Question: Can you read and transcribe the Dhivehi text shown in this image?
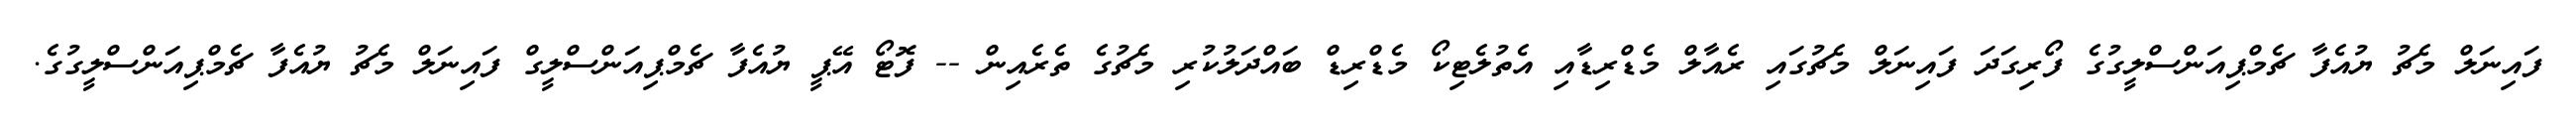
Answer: ފައިނަލް މެޗު ޔުއެފާ ޗެމްޕިއަންސްލީގުގެ ފޯރިގަދަ ފައިނަލް މެޗުގައި ރެއާލް މެޑްރިޑާއި އެތުލެޓިކޯ މެޑްރިޑް ބައްދަލުކުރި މެޗުގެ ތެރެއިން -- ފޮޓޯ އޭޕީ ޔުއެފާ ޗެމްޕިއަންސްލީގް ފައިނަލް މެޗު ޔުއެފާ ޗެމްޕިއަންސްލީގުގެ.